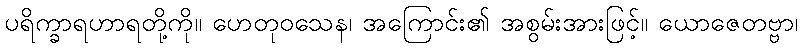
ပရိက္ခာရဟာရတို့ကို။ ဟေတုဝသေန၊ အကြောင်း၏ အစွမ်းအားဖြင့်။ ယောဇေတဗ္ဗာ၊